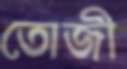
তোজী